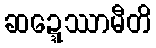
ဆဍ္ဍေဿာမီတိ